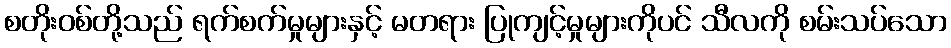
စတိုးဝစ်တို့သည် ရက်စက်မှုများနှင့် မတရား ပြုကျင့်မှုများကိုပင် သီလကို စမ်းသပ်သော